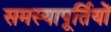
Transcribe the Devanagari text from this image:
समस्यापूर्तियों